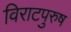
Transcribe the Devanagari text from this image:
विराटपुरुष